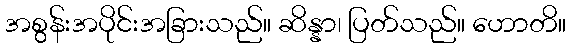
အစွန်းအပိုင်းအခြားသည်။ ဆိန္နာ၊ ပြတ်သည်။ ဟောတိ။